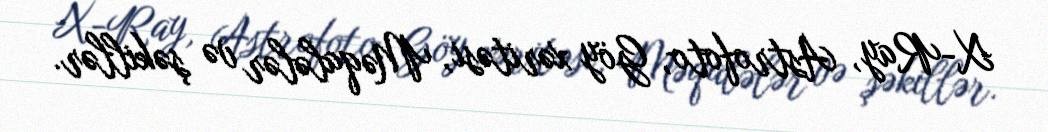
X-Ray, Astrofoto, Göy xəritəsi, Məqalələr və şəkillər.